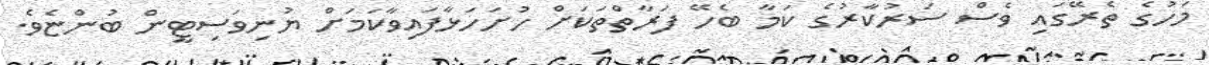
މަހުގެ ތެރޭގައި ވެސް ސަރުކާރުގެ ކަމާ ބެހޭ ފަރާތްތަކަށް ހުށަހަޅާފައިވާކަމަށް ޔުނިވަސިޓީން ބުންޏެވެ.